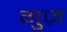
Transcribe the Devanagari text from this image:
गुज़